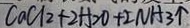
C a C l _ { 2 } + 2 H _ { 2 } O + 2 N H _ { 3 } \uparrow